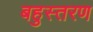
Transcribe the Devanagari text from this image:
बहुस्तरण